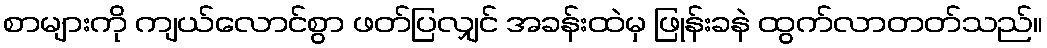
စာများကို ကျယ်လောင်စွာ ဖတ်ပြလျှင် အခန်းထဲမှ ဖြုန်းခနဲ ထွက်လာတတ်သည်။